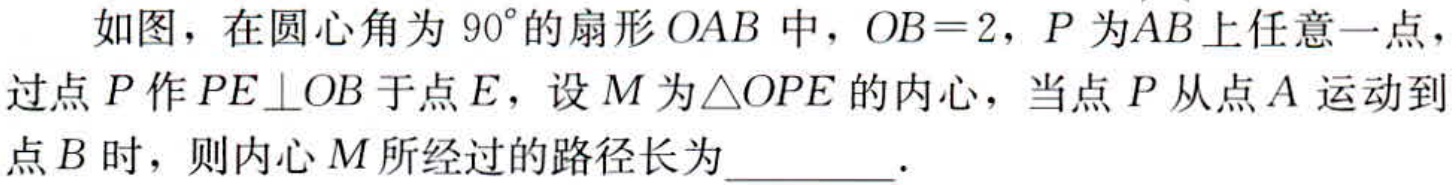
如图，在圆心角为 \(90^{\circ}\) 的扇形 \(OAB\) 中，\(OB = 2\)，\(P\) 为\(\overset{\frown}{AB}\)上任意一点，过点 \(P\) 作 \(PE\perp OB\) 于点 \(E\)，设 \(M\) 为\(\triangle OPE\) 的内心，当点 \(P\) 从点 \(A\) 运动到点 \(B\) 时，则内心 \(M\) 所经过的路径长为________．